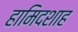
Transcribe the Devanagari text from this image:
हामिदशाह